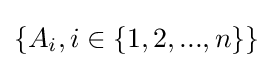
\{{A}_{i},i\in \{1,2,...,n\}\}